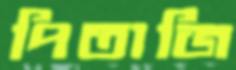
পিতাজি